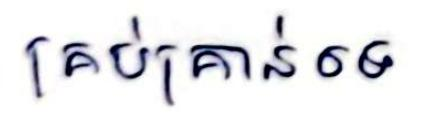
គ្រប់គ្រាន់ទេ